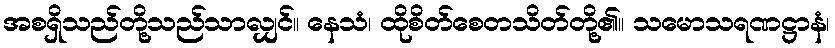
အစရှိသည်တို့သည်သာလျှင်။ နေသံ၊ ထိုစိတ်စေတသိတ်တို့၏။ သမောသရဏဋ္ဌာနံ၊